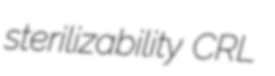
sterilizability CRL